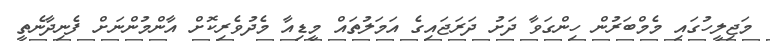
މަޖިލީހުގައި މެމްބަރުން ހިންގަވާ ދަށު ދަރަޖައިގެ އަމަލުތައް މީޑިއާ މެދުވެރިކޮށް އާންމުންނަށް ފެނިދާނެތީ